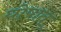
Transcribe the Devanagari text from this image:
घोषात